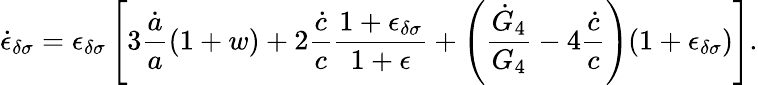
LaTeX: \dot{\epsilon}_{\delta\sigma}=\epsilon_{\delta\sigma}\left[3{\frac{\dot{a}}{a}}(1+w)+2{\frac{\dot{c}}{c}}{\frac{1+\epsilon_{\delta\sigma}}{1+\epsilon}}+\left({\frac{\dot{G}_{4}}{G_{4}}}-4{\frac{\dot{c}}{c}}\right)(1+\epsilon_{\delta\sigma})\right].